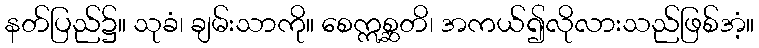
နတ်ပြည်၌။ သုခံ၊ ချမ်းသာကို။ စေဣစ္ဆတိ၊ အကယ်၍လိုလားသည်ဖြစ်အံ့။